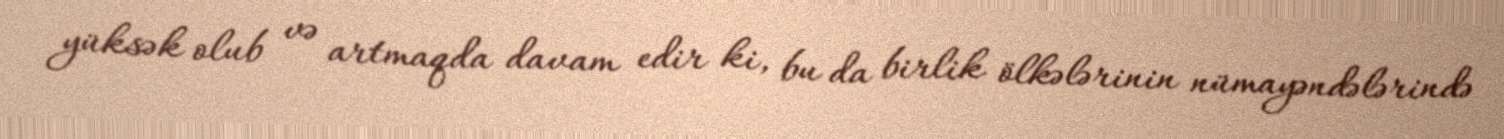
yüksək olub və artmaqda davam edir ki, bu da birlik ölkələrinin nümayəndələrində